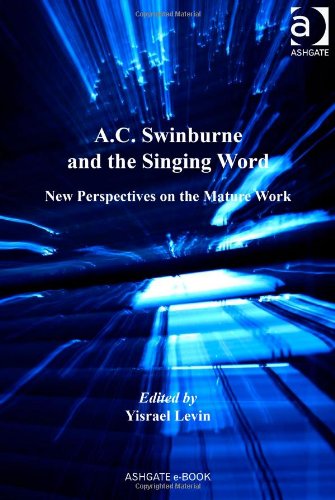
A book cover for A.C. Swinburne and the Singing Word; Yisrael Levin; Literature & Fiction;